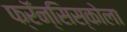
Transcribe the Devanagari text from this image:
फ्रॅन्सिस्कोला